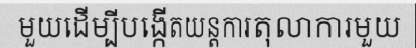
មួយដើម្បីបង្កើតយន្តការតុលាការមួយ